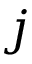
j